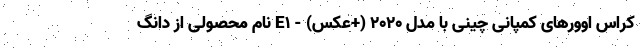
کراس اوورهای کمپانی چینی با مدل 2020 (+عکس) - E1 نام محصولی از دانگ